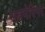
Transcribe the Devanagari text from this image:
सबमेरिनर